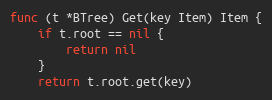
Language: Go
func (t *BTree) Get(key Item) Item {
	if t.root == nil {
		return nil
	}
	return t.root.get(key)